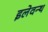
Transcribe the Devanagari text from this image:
इलेवन्थ